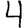
Digit: 4